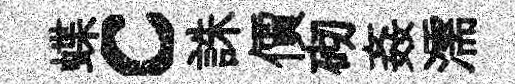
蝶c誅價砌姦濡